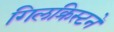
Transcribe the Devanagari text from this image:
गिलक्रिस्टने